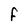
Character: F